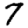
Digit: 7